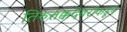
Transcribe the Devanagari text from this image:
तिरुत्तक्कदेवरांकडून